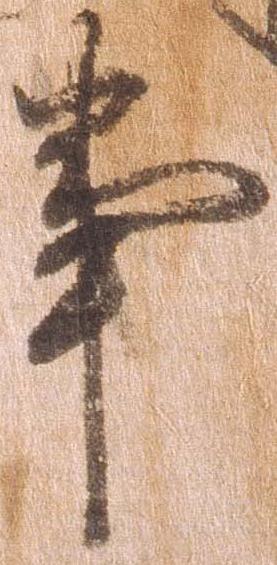
事